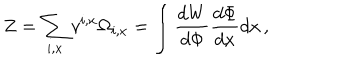
Z = \sum _ { i , x } v ^ { i , x } \Omega _ { i , x } = \int \frac { d W } { d \Phi } \frac { d \Phi } { d x } d x \, ,